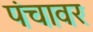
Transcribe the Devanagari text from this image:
पंचावर